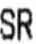
SR